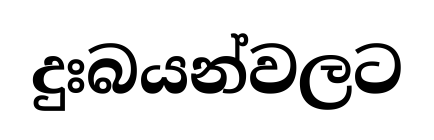
දුඃබයන්වලට